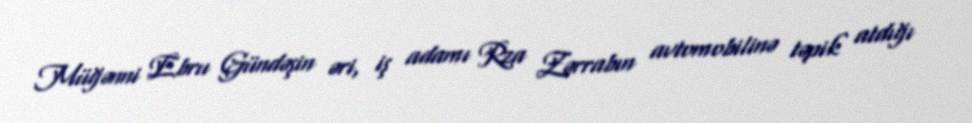
Müğənni Ebru Gündəşin əri, iş adamı Rza Zərrabın avtomobilinə təpik atdığı